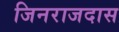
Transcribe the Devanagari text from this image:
जिनराजदास